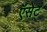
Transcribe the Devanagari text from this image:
ऍसेट